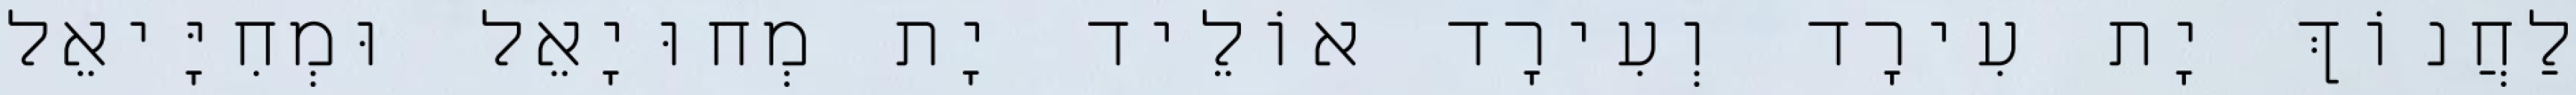
לַחֲנוֹךְ יָת עִירָד וְעִירָד אוֹלֵיד יָת מְחוּיָאֵל וּמְחִיָּיאֵל